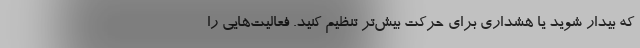
که بیدار شوید یا هشداری برای حرکت بیش‌تر تنظیم کنید. فعالیت‌هایی را